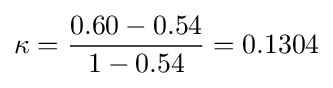
\kappa ={\frac {0.60-0.54}{1-0.54}}=0.1304